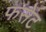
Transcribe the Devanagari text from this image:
फसेट